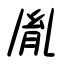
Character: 胤